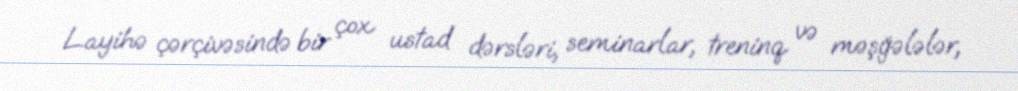
Layihə çərçivəsində bir çox ustad dərsləri, seminarlar, treninq və məşğələlər,